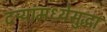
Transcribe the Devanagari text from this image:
दऱ्यांमध्येसुद्धा